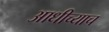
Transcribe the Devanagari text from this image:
आधीच्याच